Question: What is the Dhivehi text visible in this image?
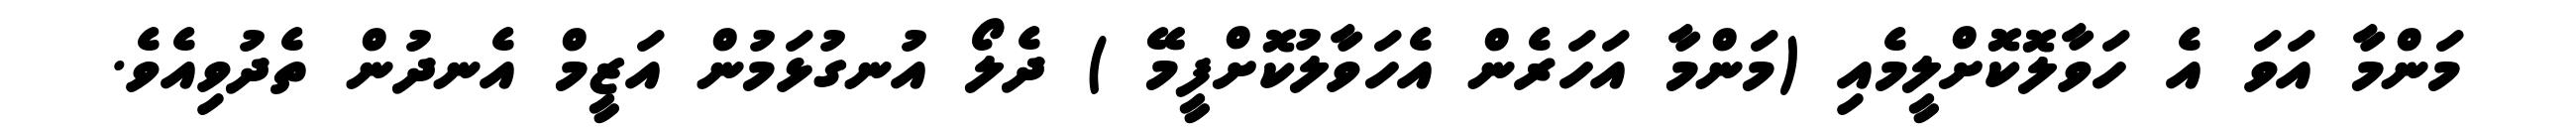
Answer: މަންމާ އަވަ އެ ހަވާލޮކޮށްލީމެއި (މަންމާ އަހަރެން އެހަވާލުކޮށްފީމޭ ) ދެލޯ އުނގުޅަމުން އަޒީމް އެނދުން ތެދުވިއެވެ.